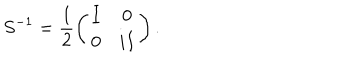
LaTeX: S ^ { - 1 } = \frac { 1 } { 2 } \left( \begin{array} { c c } { { I } } & { { 0 } } \\ { { 0 } } & { { i I } } \\ \end{array} \right) .